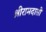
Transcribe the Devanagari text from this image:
श्रीरामदासी